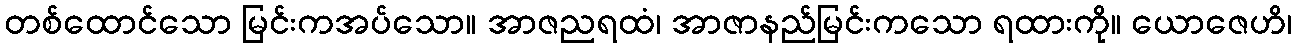
တစ်ထောင်သော မြင်းကအပ်သော။ အာဇညရထံ၊ အာဇာနည်မြင်းကသော ရထားကို။ ယောဇေဟိ၊